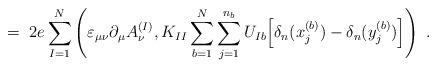
LaTeX: \begin{align*}= \; 2e \sum_{I=1}^N \left( \varepsilon_{\mu \nu} \partial_\mu A^{(I)}_\nu,K_{I I} \sum_{b=1}^N \sum_{j=1}^{n_b} U_{I b}\Big[ \delta_n(x_j^{(b)}) - \delta_n(y_j^{(b)}) \Big] \right) \; .\end{align*}